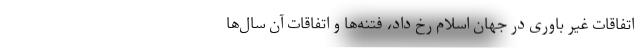
اتفاقات غیر باوری در جهان اسلام رخ داد، فتنه‌ها و اتفاقات آن سال‌ها